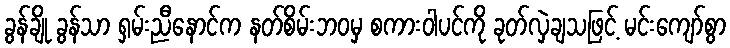
ခွန်ချို ခွန်သာ ရှမ်းညီနောင်က နတ်စိမ်းဘဝမှ စကားဝါပင်ကို ခုတ်လှဲချသဖြင့် မင်းကျော်စွာ